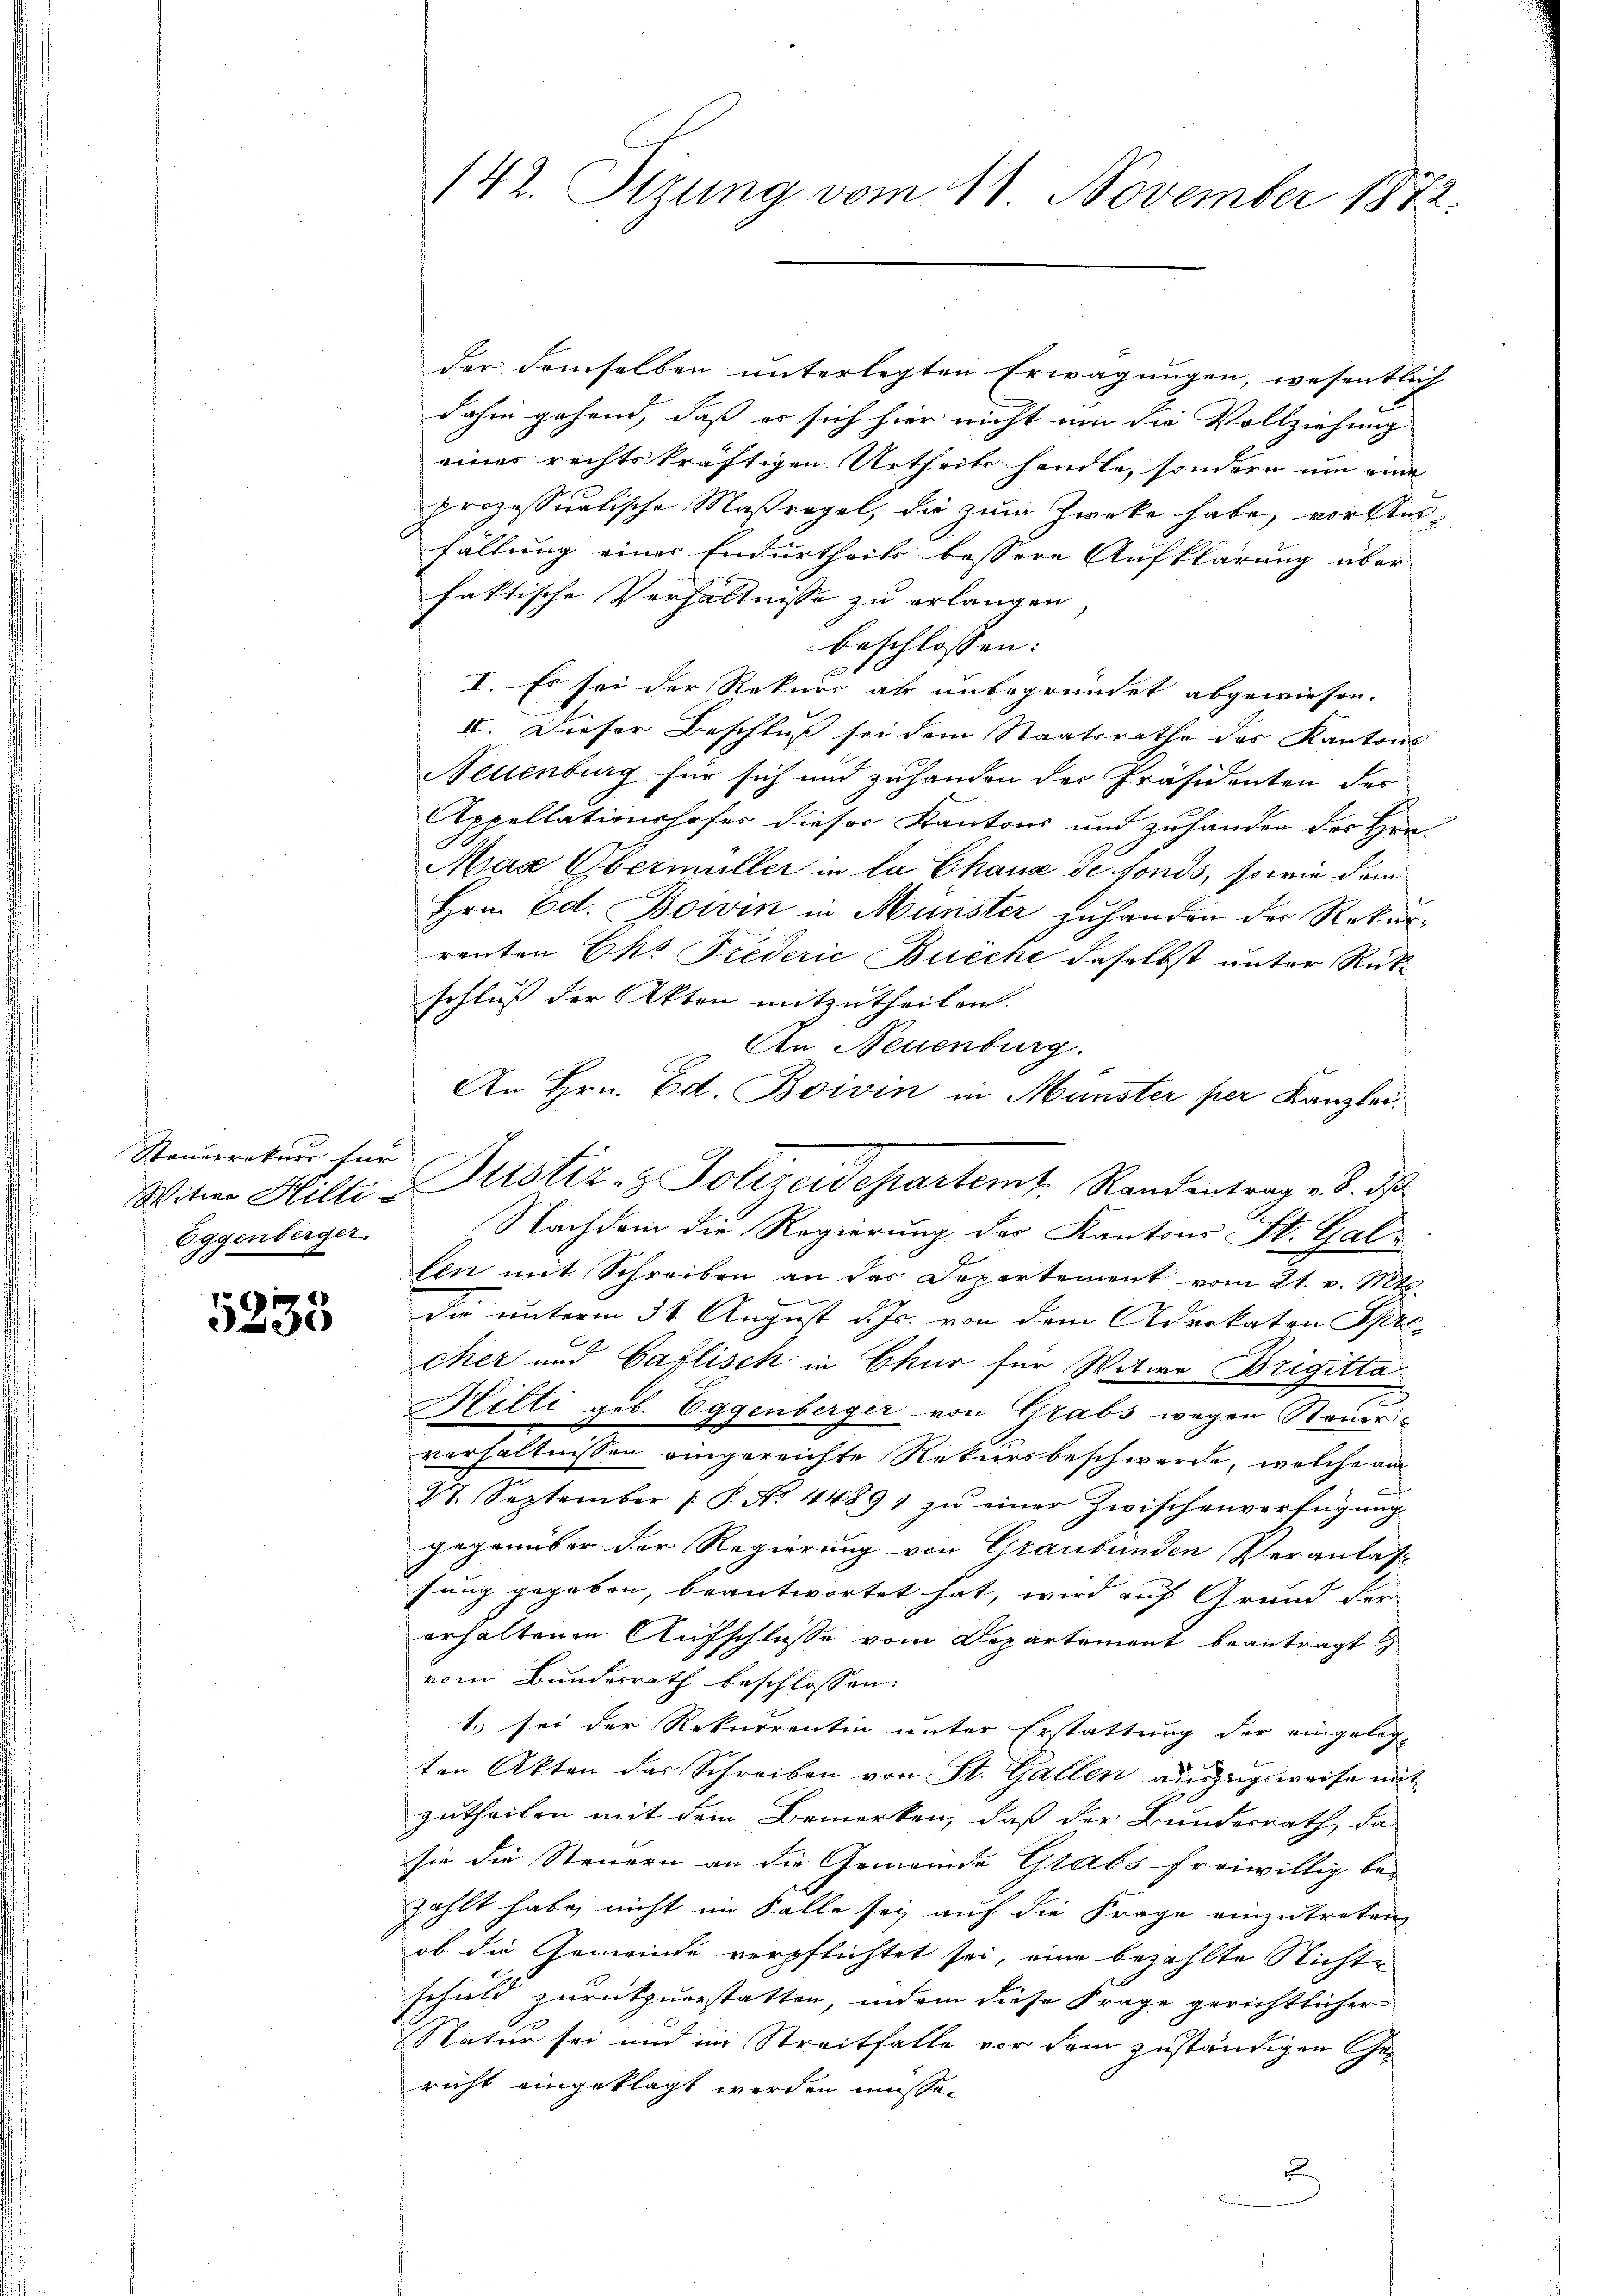
Steuerrekurs für
Eggenberger.

5233

142. Sizung vom 11. November 1872.

der demselben unterlegten Erwägungen, wesentlich
dahin gehend, daß er sich hier nicht um die Vollziehung
eines rechtskräftigen Urtheils handte, sondern um eine
prozessualische Maßregel, die zum Zwecke habe, vor Ausfällung einer Endurtheils bessere Aufklärung über
faktische Verhältnisse zu erlangen
beschlossen:
I. Es sei der Rekurs ab unbegründet abgewiesen.
II. Dieser Beschluß sei dem Staatsrathe des Kantons
Neuenburg für sich und zuhanden der Präsidenten des
Appellationshofer dieser Kantons und zuhanden des Hrn.
Mas Obermüller in la Chaux de fonds, sowie dem
Hrn. Ed. Bowin in Münster zuhanden der Rekurrenten Eks Fiederić Buche daselbst unter Rückschluß der Akten mitzutheilen.
An Neuenburg.
An Hrn. Ed. Boivin in Münster per Kanzlei.
Nachdem die Regierung der Kantons St. Gallen mit Schreiben an das Departement vom 21. v. Mts.
dr unterm 31. August d. Js. von dem Advokaten Spre
cher und Caflisch in Chur für Witwe Brigitta
Hitti geb. Eggenberger von Grabs wegen Steuerverhältnissen eingereichte Rekursbeschwerde, welche am
e
27. September P. Nr. 4489. zŭ einer Zwischenverfügŭng
gegenüber der Regierung von Graubünden Veranlas
fung gegeben, beantwortet hat, wird auf Grund der |
erhaltenen Aufschlüsse vom Departement beantragt
vom Bundesrath beschlossen:
1. sei der Rekurrentin unter Erstattung der eingeleg-
ten Akten der Schreiben von St. Gallen auszugsweise mit
zutheilen mit dem Bemerken, daß der Bundesrath, da
sie die Steuern an die Gemeinde Grabs freiwillig be-
zählt habe, nicht im Falle sei auf die Frage einzutreten
ob die Gemeinde verpflichtet sei, eine bezahlte Nichte
schuld zurückzuerstatten, indem diese Frage gerichtlicher
Natur sei und im Streitfalle vor dem zuständigen Gericht eingeklagt werden müsse.

Witwe Hilte Justiz- & Polizeidepartem Randentrag v. 3. ds